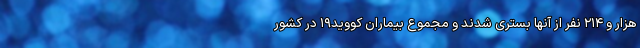
هزار و ۲۱۴ نفر از آنها بستری شدند و مجموع بیماران کووید۱۹ در کشور